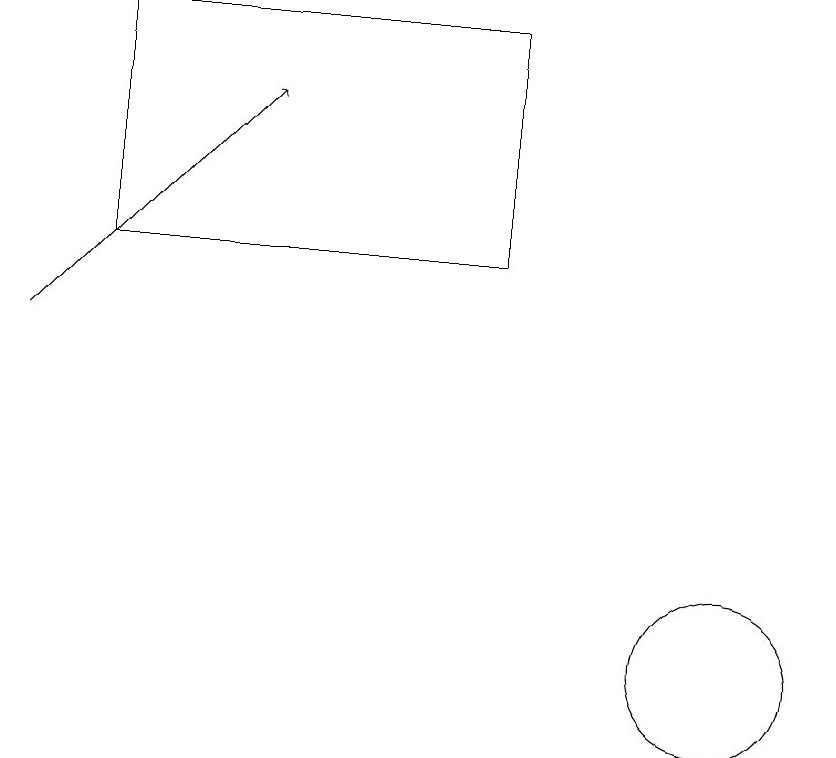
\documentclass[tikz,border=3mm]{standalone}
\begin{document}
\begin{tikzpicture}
\draw (3,16) rectangle (8,19);
\draw (11,11) circle (1);
\draw[->] (2,15) -- (5,18);
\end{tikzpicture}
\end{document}